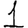
Digit: 1